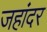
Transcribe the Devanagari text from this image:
जहांदर